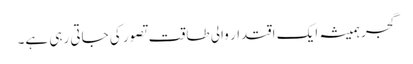
گجر ہمیشہ ایک اقتدار والی طاقت تصور کی جاتی رہی ہے۔